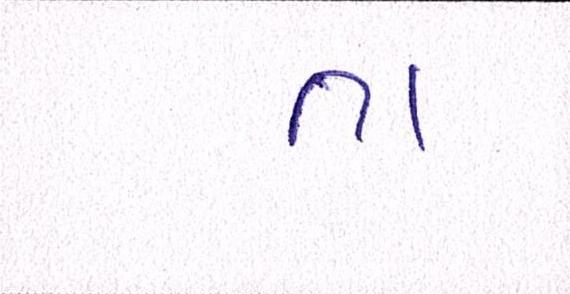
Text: તા